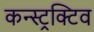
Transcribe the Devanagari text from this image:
कन्स्ट्रक्टिव